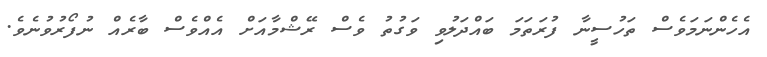
އެހެންނަމަވެސް ތަހުސީނާ ފުރަތަމަ ބައްދަލުވި ވަގުތު ވެސް ރޭޝްމާއަށް އެއްވެސް ބާރެއް ނުފޯރުވުނެވެ.